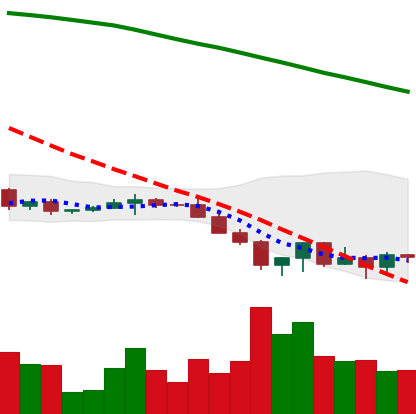
Ticker: XRP-USD
Chart end date: 2022-06-20
Forward return: 13.673%
Label: up_7plus